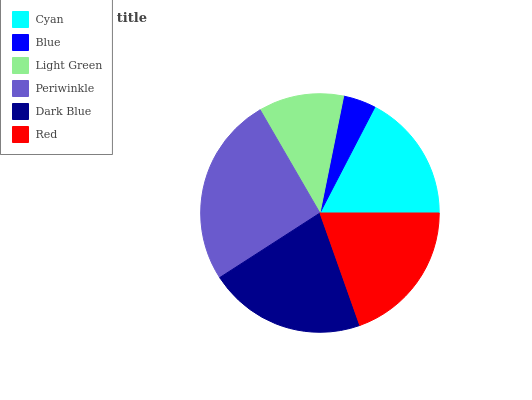
| Cyan | Blue | Light Green | Periwinkle | Dark Blue | Red |
 | --- | --- | --- | --- | --- | --- |
 | 17.3% | 4.44% | 11.5% | 25.8% | 21.3% | 19.6% |